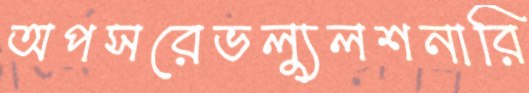
অপসরেভল্যুলশনারি